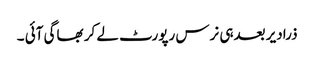
ذرادیر بعدہی نرس رپورٹ لے کر بھاگی آئی ۔